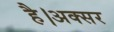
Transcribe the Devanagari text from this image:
है।अक्सर